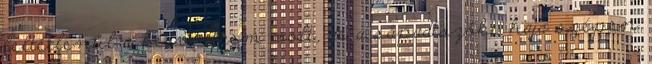
feltétlenül a kedvencem volt, de a sápadtszőke haja szépen